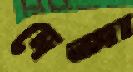
দেজা